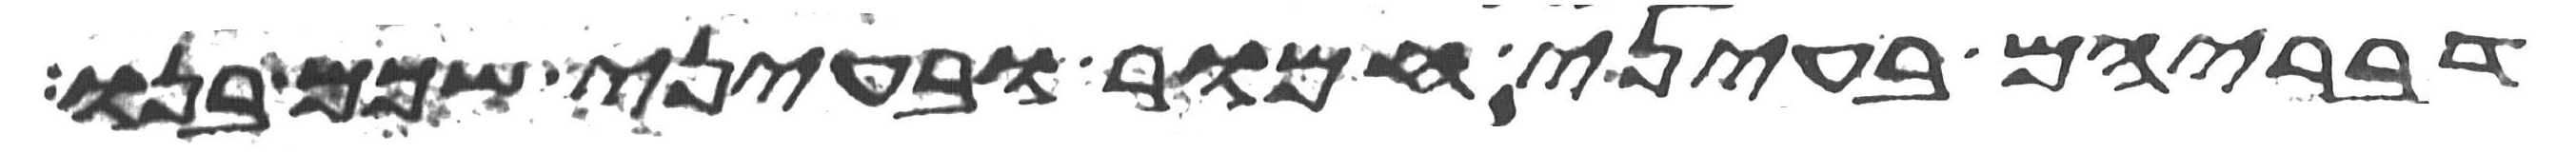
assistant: דבריהם בעיני חמור ובעיני שכם בנו